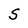
Character: S